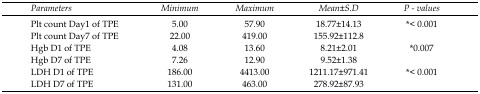
| Parameters | Minimum | Maximum | Mean±S.D | P - values |
 | --- | --- | --- | --- | --- |
 | Plt count Day1 of TPE | 5.00 | 57.90 | 18.77±14.13 | <ROWSPAN=2> *< 0.001 |
 | Plt count Day7 of TPE | 22.00 | 419.00 | 155.92±112.8 |
 | Hgb D1 of TPE | 4.08 | 13.60 | 8.21±2.01 | <ROWSPAN=2> *0.007 |
 | Hgb D7 of TPE | 7.26 | 12.90 | 9.52±1.38 |
 | LDH D1 of TPE | 186.00 | 4413.00 | 1211.17±971.41 | <ROWSPAN=2> *< 0.001 |
 | LDH D7 of TPE | 131.00 | 463.00 | 278.92±87.93 |